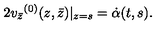
2 { v _ { \bar { z } } } ^ { ( 0 ) } ( z , \bar { z } ) | _ { z = s } = \dot { \alpha } ( t , s ) .